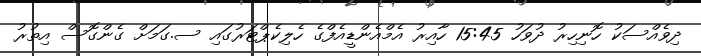
ދިވެއްސަކު ހޮނިހިރު ދުވަހު 15:45 ހާއިރު އެމްއެންޑީއެފްގެ ހެލިކެޕްޓަރުގައި ސ.ގަމަށް ގެންގޮސް އިތުރު